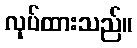
လုပ်ထားသည်။